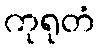
ကုရုတံ